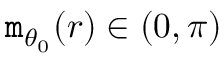
\mathtt { m } _ { \theta _ { 0 } } ( r ) \in ( 0 , \pi )